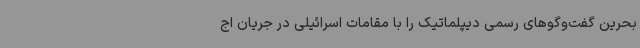
بحرین گفت‌وگوهای رسمی دیپلماتیک را با مقامات اسرائیلی در جریان اج